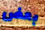
بعض